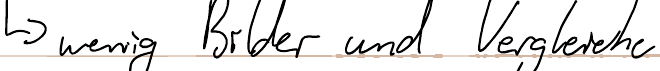
-> wenig Bilder und Vergleiche